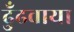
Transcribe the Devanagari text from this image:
ढुँढवाया